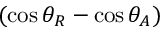
( \cos \theta _ { R } - \cos \theta _ { A } )